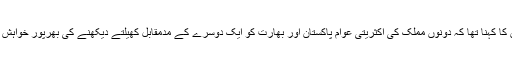
شہریار خان کا کہنا تھا کہ دونوں مملک کی اکثریتی عوام پاکستان اور بھارت کو ایک دوسرے کے مدمقابل کھیلتے دیکھنے کی بھرپور خواہش رکھتی ہے۔